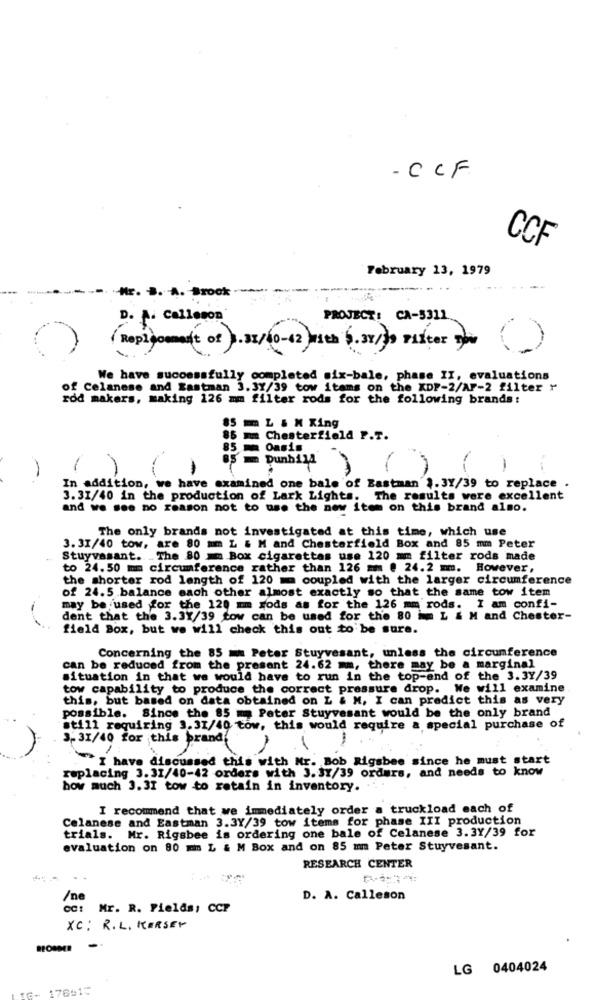
- CCF
CCF
February 13, 1979
Hr. .. A. Brook
D. A. Calleson
PROJECT: CA-5311 ..
Replacement of 1.31/40-12 with 5.31/30 PLNter you
We have successfully completed six-bale, phase II, evaluations
of Celanese and Eastman 3.37/39 tow items on the KDP-2/AF-2 filter "
rod makers, making 126 mm filter rods for the following brands:
85 m L & N King
85
Chesterfield P.T.
85m Oasis
5 = Dunhill
-
In addition, we have examined one bale of Eastman 1.3Y/39 to replace .
3.31/40 in the production of Lark Lights. The results were excellent
and we see no reason not to use the new item on this brand also.
The only brands not investigated at this time, which use
3. 31/40 tow, are 80 mm L & M and Chesterfield Box and 85 mm Peter
Stuyvesant. The 80 =m Box cigarettas use 120 mm filter rods made
to 24.50 mm circumference rather than 126 mm @ 24.2 mm. However,
the shorter rod length of 120 = coupled with the larger circumference
of 24.5 balance each other almost exactly so that the same tow item
may be used for the 120 mm rods as for the 126 mm rods. I am confi-
dent that the 3.37/39 tow can be used for the 80 im L & M and Chester-
field Box, but we will check this out to be sure.
Concerning the 85 == Peter Stuyvesant, unless the circumference
can be reduced from the present 24.62 mm, there may be a marginal
situation in that we would have to run in the top-end of the 3.37/39
tow capability to produce the correct pressure drop. We will examine
this, but based on data obtained on L & M, I can predict this as very
possible. Since the 85 m Peter Stuyvesant would be the only brand
still requiring 3.31/40 tow, this would require a special purchase of
3-31/40 for this brand
-
** I have discussed this with Mr. Bob Rigsbee since he must start
replacing 3. 31/40-42 orders with 3. 37/39 orders, and needs to know
how much 3. 3I tow to retain in inventory.
I recommend that we immediately order a truckload each of
Celanese and Eastman 3.3Y/39 tow items for phase III production
trials. Mr. Rigsbee is ordering one bale of Celanese 3.3Y/39 for
evaluation on 80 mm L & M Box and on 85 mm Peter Stuyvesant.
RESEARCH CENTER
/ne
D. A. Calleson
CC: Mr. R. Fields, CCP
XC: R.L. KERSEY
-
LG 0404024
16- 176515